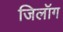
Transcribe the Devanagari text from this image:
जिलॉग